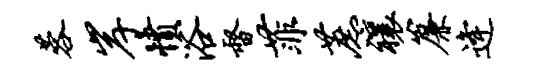
蓉岸愤浴督菲蔗禳帘逄